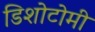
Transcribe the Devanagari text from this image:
डिशोटोमी